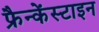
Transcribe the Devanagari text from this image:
फ्रैन्केंस्टाइन